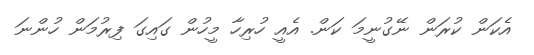
އެކަން ކުރަން ނޭގުނީމަ ކަން. އެއީ ހުރިހާ މީހުން ގައިގަ ފިރުމަން ހުންނަ